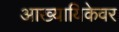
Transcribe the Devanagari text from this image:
आख्यायिकेवर